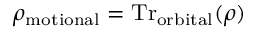
\rho _ { \mathrm { m o t i o n a l } } = \mathrm { T r } _ { \mathrm { o r b i t a l } } ( \rho )